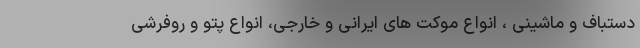
دستباف و ماشینی ، انواع موکت های ایرانی و خارجی، انواع پتو و روفرشی